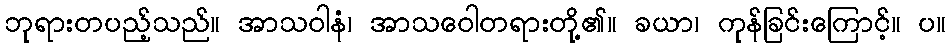
ဘုရားတပည့်သည်။ အာသဝါနံ၊ အာသဝေါတရားတို့၏။ ခယာ၊ ကုန်ခြင်းကြောင့်။ ပ။